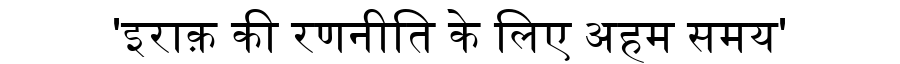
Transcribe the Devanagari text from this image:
'इराक़ की रणनीति के लिए अहम समय'